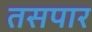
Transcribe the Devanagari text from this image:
तसपार